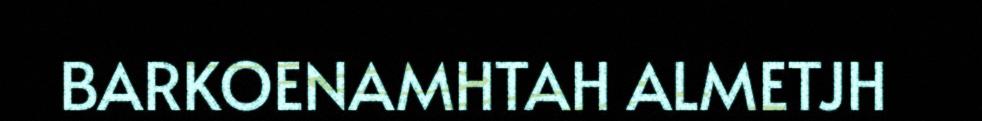
BARKOENAMHTAH ALMETJH